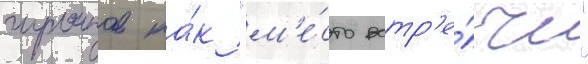
гуронов ка́к "м'е́сто встр'е́чи"